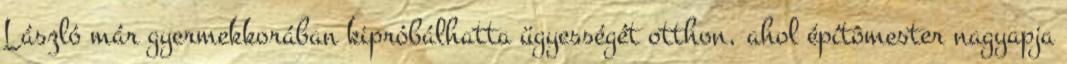
László már gyermekkorában kipróbálhatta ügyességét otthon, ahol építômester nagyapja